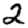
Digit: 2